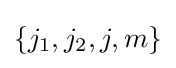
\{j_{1},j_{2},j,m\}